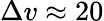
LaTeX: \Delta v\approx 20